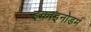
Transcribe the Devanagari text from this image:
इकाइनोडर्म